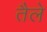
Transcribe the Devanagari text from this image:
तैले